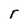
Character: r